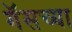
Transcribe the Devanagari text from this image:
गॅसच्या